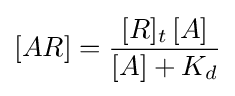
[AR]={\frac {[R]_{t}\,[A]}{[A]+K_{d}}}